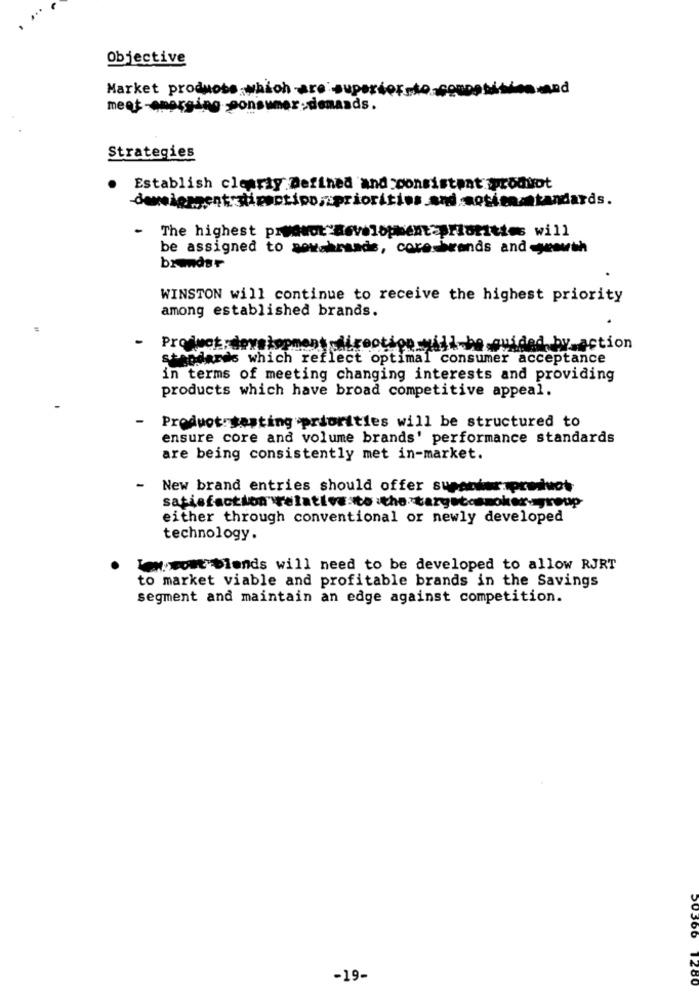
...
Objective
Market products which are superior to competition and
meet-emerging ponsumer:demands.
Strategies
Establish clearly Defined and moonsistpat produot
-deveiengent stipertipospriorities and motionstandards.
The highest prydwot development=priorities will
be assigned to somebrands, core-brands and growth
brandsr
WINSTON will continue to receive the highest priority
among established brands.
Proswot :development _direction-will be guided by_action
standards which reflect optimal consumer acceptance
in terms of meeting changing interests and providing
products which have broad competitive appeal.
Product testing priorities will be structured to
ensure core and volume brands' performance standards
are being consistently met in-market.
-
New brand entries should offer supankarapreluot
satisfaction relative:to :the targetasmoker-group
either through conventional or newly developed
technology.
Tew.wout blends will need to be developed to allow RJRT
to market viable and profitable brands in the Savings
segment and maintain an edge against competition.
-19-
50366 1280